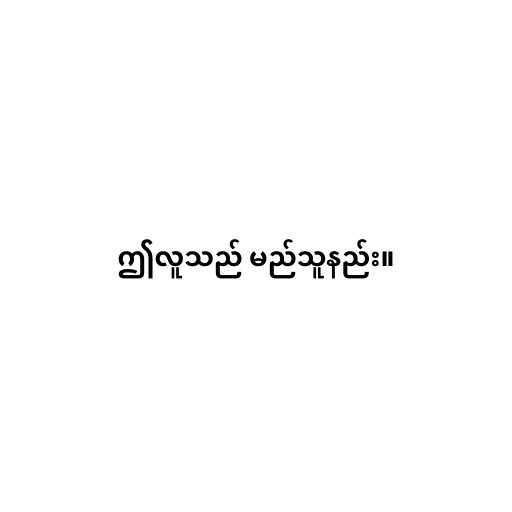
ဤလူသည် မည်သူနည်း။